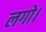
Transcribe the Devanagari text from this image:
लगो।